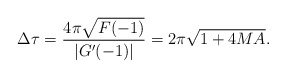
\begin{align*}\Delta \tau= {4\pi \sqrt{F(-1)}\over |G'(-1)|}= 2\pi \sqrt{1+4MA}.\end{align*}